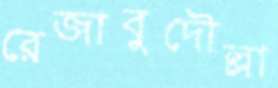
রেজাবুদৌল্লা